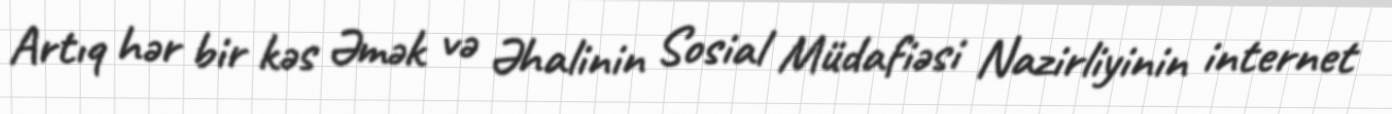
Artıq hər bir kəs Əmək və Əhalinin Sosial Müdafiəsi Nazirliyinin internet